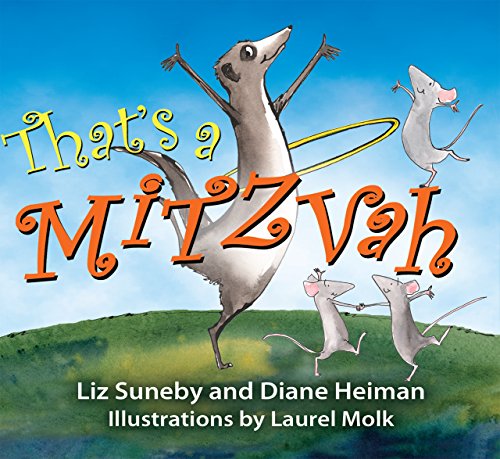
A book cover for That's a Mitzvah; Diane Heiman; Children's Books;